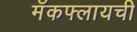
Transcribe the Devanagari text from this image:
मॅकफ्लायची